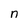
Character: n